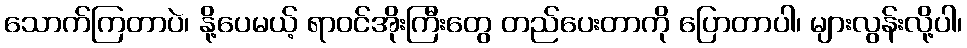
သောက်ကြတာပဲ၊ နို့ပေမယ့် ရာဝင်အိုးကြီးတွေ တည်ပေးတာကို ပြောတာပါ၊ များလွန်းလို့ပါ၊